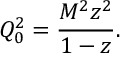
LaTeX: Q _ { 0 } ^ { 2 } = \frac { M ^ { 2 } z ^ { 2 } } { 1 - z } .